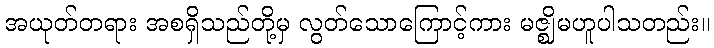
အယုတ်တရား အစရှိသည်တို့မှ လွတ်သောကြောင့်ကား မဇ္ဈိမဟူပါသတည်း။